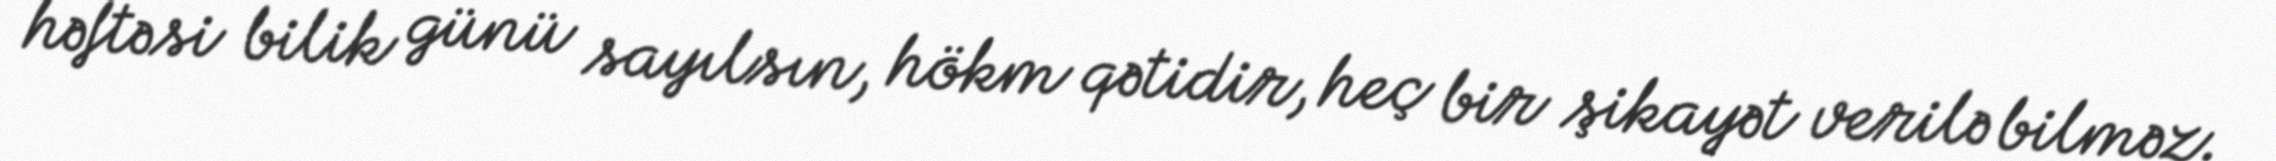
həftəsi bilik günü sayılsın, hökm qətidir, heç bir şikayət verilə bilməz.